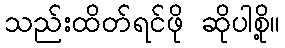
သည်းထိတ်ရင်ဖို ဆိုပါစို့။